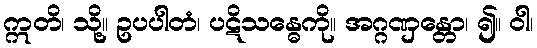
ဣတိ၊ သို့။ ဥပပါတံ၊ ပဋိသန္ဓေကို။ အဂ္ဂဏှန္တော၊ ၍။ ဝါ၊